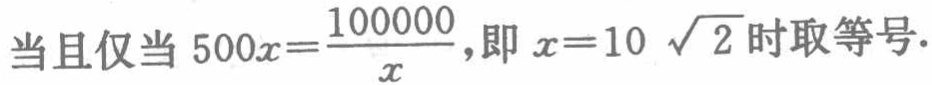
当且仅当 \(500x=\frac{100000}{x}\)，即 \(x = 10\sqrt{2}\) 时取等号.